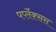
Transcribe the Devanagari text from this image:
पर्प्लेक्सस